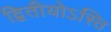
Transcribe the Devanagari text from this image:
द्वितीयोऽस्ति